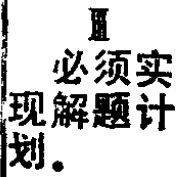
Ⅲ

必须实

现解题计

划。